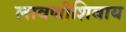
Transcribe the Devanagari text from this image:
लावणीशिवाय